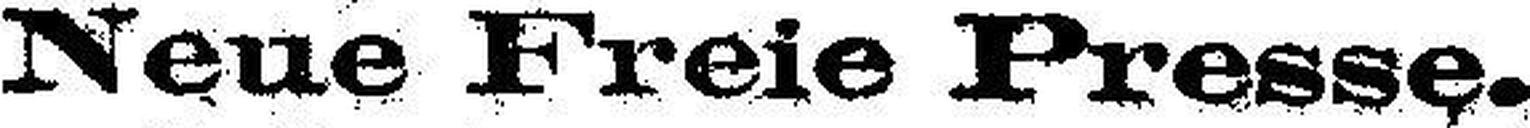
Neue Freie Presse.